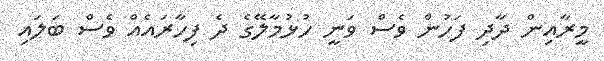
މީރާއިން ދާދި ފަހުން ވެސް ވަނީ ހުޅުމާލޭގެ ދެ ފިހާރައެއް ވެސް ބަލައި